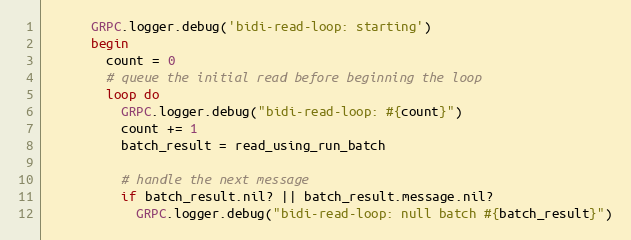
Language: Ruby
      GRPC.logger.debug('bidi-read-loop: starting')
      begin
        count = 0
        # queue the initial read before beginning the loop
        loop do
          GRPC.logger.debug("bidi-read-loop: #{count}")
          count += 1
          batch_result = read_using_run_batch

          # handle the next message
          if batch_result.nil? || batch_result.message.nil?
            GRPC.logger.debug("bidi-read-loop: null batch #{batch_result}")